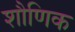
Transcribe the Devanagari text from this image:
शौणिक